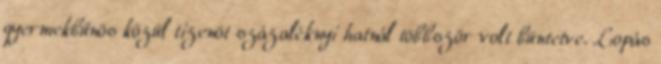
gyermekbűnös közül tizenöt százaléknyi hatnál többször volt büntetve. Lopás